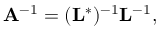
\mathbf { A } ^ { - 1 } = ( \mathbf { L } ^ { * } ) ^ { - 1 } \mathbf { L } ^ { - 1 } ,